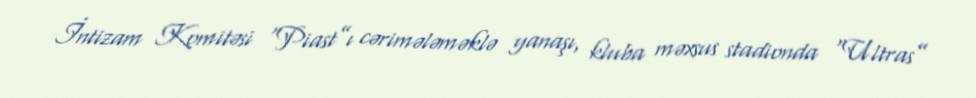
İntizam Komitəsi “Piast”ı cərimələməklə yanaşı, kluba məxsus stadionda “Ultras”